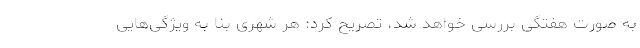
به صورت هفتگی بررسی خواهد شد، تصریح کرد: هر شهری بنا به ویژگی‌هایی